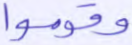
وقوموا